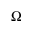
\Omega